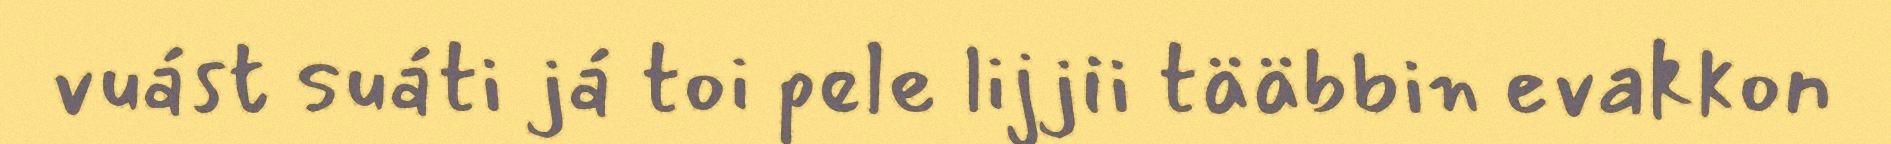
vuást suáti já toi pele lijjii tääbbin evakkon